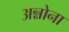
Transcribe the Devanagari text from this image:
अन्नोना